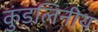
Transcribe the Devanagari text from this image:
कुंडलिनीय